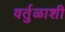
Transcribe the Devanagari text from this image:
वर्तुळाशी